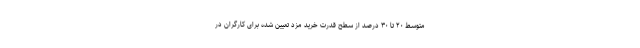
متوسط ۲۰ تا ۳۰ درصد از سطح قدرت خرید مزد تعیین شده برای کارگران در